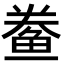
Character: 鲞